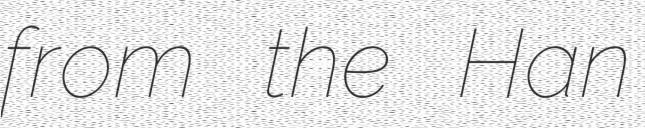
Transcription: from the Han